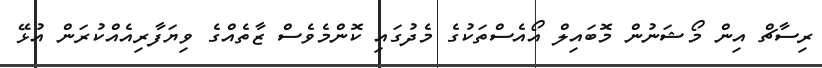
ރިސާޗް އިން މޯޝަނުން މޮބައިލް އޯއެސްތަކުގެ މެދުގައި ކޮންމެވެސް ޒާތެއްގެ ވިޔަފާރިއެއްކުރަން އުޅޭ